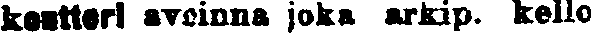
konttori avoinna joka arkip. kello